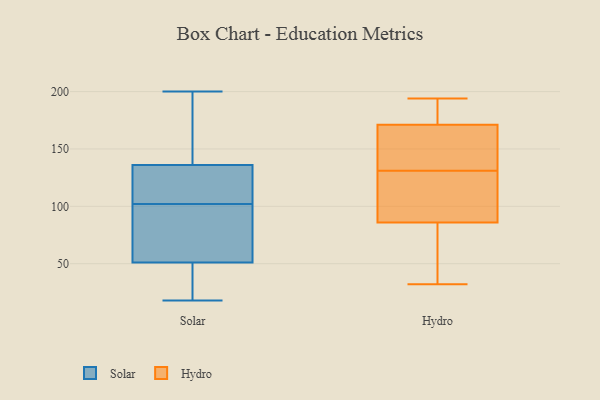
{"axis": {"x": "Waste Production (Tons)", "y": "Value"}, "legend": ["Hydro", "Solar"], "data": [{"x": "", "y": 97, "type": "Solar"}, {"x": "", "y": 18, "type": "Solar"}, {"x": "", "y": 111, "type": "Solar"}, {"x": "", "y": 31, "type": "Solar"}, {"x": "", "y": 136, "type": "Solar"}, {"x": "", "y": 107, "type": "Solar"}, {"x": "", "y": 51, "type": "Solar"}, {"x": "", "y": 144, "type": "Solar"}, {"x": "", "y": 200, "type": "Solar"}, {"x": "", "y": 95, "type": "Solar"}, {"x": "", "y": 97, "type": "Hydro"}, {"x": "", "y": 88, "type": "Hydro"}, {"x": "", "y": 32, "type": "Hydro"}, {"x": "", "y": 180, "type": "Hydro"}, {"x": "", "y": 162, "type": "Hydro"}, {"x": "", "y": 94, "type": "Hydro"}, {"x": "", "y": 50, "type": "Hydro"}, {"x": "", "y": 139, "type": "Hydro"}, {"x": "", "y": 123, "type": "Hydro"}, {"x": "", "y": 194, "type": "Hydro"}, {"x": "", "y": 170, "type": "Hydro"}, {"x": "", "y": 191, "type": "Hydro"}, {"x": "", "y": 171, "type": "Hydro"}, {"x": "", "y": 84, "type": "Hydro"}, {"x": "", "y": 89, "type": "Hydro"}, {"x": "", "y": 81, "type": "Hydro"}, {"x": "", "y": 171, "type": "Hydro"}, {"x": "", "y": 188, "type": "Hydro"}, {"x": "", "y": 143, "type": "Hydro"}, {"x": "", "y": 66, "type": "Hydro"}]}